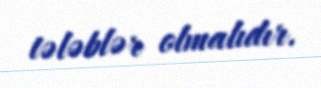
tələblər olmalıdır.